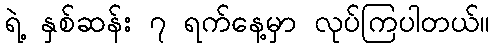
ရဲ့ နှစ်ဆန်း ၇ ရက်နေ့မှာ လုပ်ကြပါတယ်။